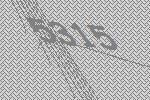
5315